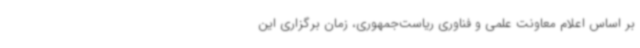
بر اساس اعلام معاونت علمی و فناوری ریاست‌جمهوری، زمان برگزاری این